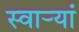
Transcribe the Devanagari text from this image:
स्वार्‍यां